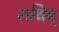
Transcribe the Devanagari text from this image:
राथिब्